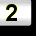
Digit: 2